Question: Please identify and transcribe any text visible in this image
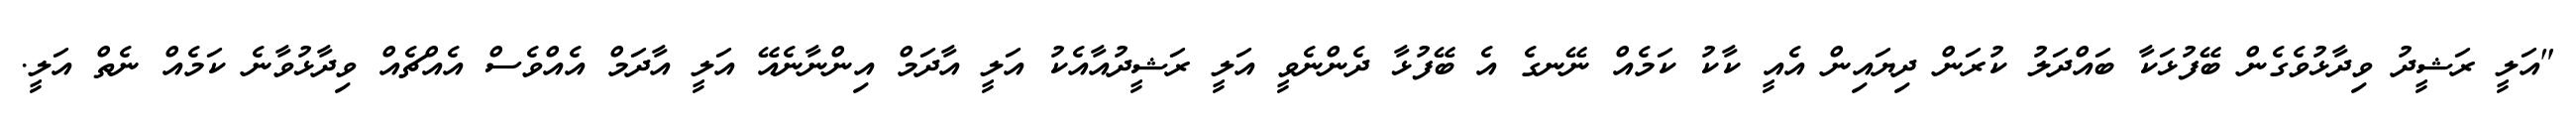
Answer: "އަލީ ރަޝީދު ވިދާޅުވެގެން ބޭފުޅަކާ ބައްދަލު ކުރަން ދިޔައިން އެއީ ކާކު ކަމެއް ނޭނގެ އެ ބޭފުޅާ ދެންނެވީ އަލީ ރަޝީދުއާއެކު އަލީ އާދަމް އިންނާނެއޭ އަލީ އާދަމް އެއްވެސް އެއްޗެއް ވިދާޅުވާނެ ކަމެއް ނެތް އަލީ.